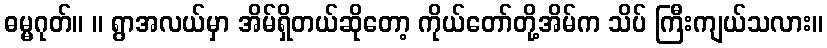
ဓမ္မဂုတ်။ ။ ရွာအလယ်မှာ အိမ်ရှိတယ်ဆိုတော့ ကိုယ်တော်တို့အိမ်က သိပ် ကြီးကျယ်သလား။